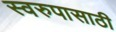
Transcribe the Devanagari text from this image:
स्वरुपासाठी